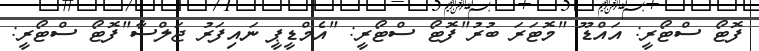
ފޮޓޯ ސްޓޯރީ: އައްޑޫ "މޮޓަރަ ބުރު"ފޮޓޯ ސްޓޯރީ: "އެމްޑީޕީ ނައިފަރު ޖަލްސާ"ފޮޓޯ ސްޓޯރީ: